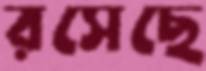
রসেছে